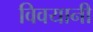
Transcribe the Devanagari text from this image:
विवयानी